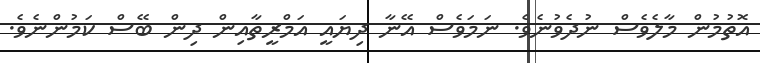
އޮތުމުން މާލެވެސް ނުދެވުނެވެ. ނަމަވެސް އޭނާ ދިޔައީ އަމްރީތާއިން ދިން ބޭސް ކަމުންނެވެ.